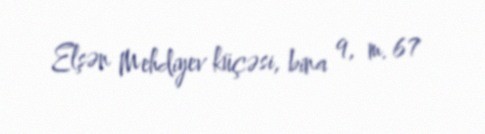
Elşən Mehdiyev küçəsi, bina 9, m. 67